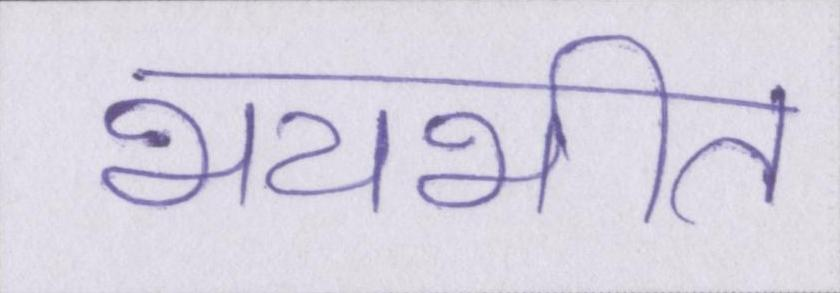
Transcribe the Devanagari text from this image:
भयभीत